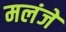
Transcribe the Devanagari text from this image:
मलंजे